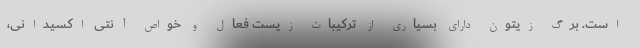
است. برگ زیتون دارای بسیاری از ترکیبات زیست فعال و خواص آنتی اکسیدانی،